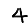
Digit: 4